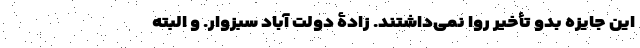
این جایزه بدو تأخیر روا نمی‌داشتند. زادۀ دولت آبادِ سبزوار. و البته